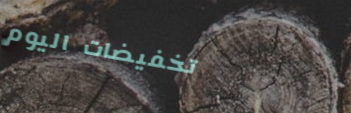
تخفيضات اليوم